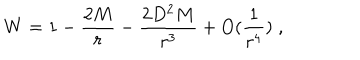
W = 1 - \frac { 2 M } { r } - \frac { 2 D ^ { 2 } M } { r ^ { 3 } } + O ( \frac { 1 } { r ^ { 4 } } ) \; ,